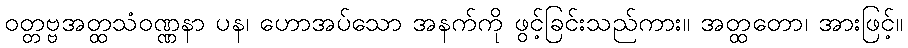
ဝတ္တဗ္ဗအတ္ထသံဝဏ္ဏနာ ပန၊ ဟောအပ်သော အနက်ကို ဖွင့်ခြင်းသည်ကား။ အတ္ထတော၊ အားဖြင့်။